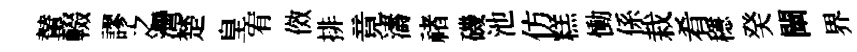
輦輟謬之灣楚皇宥傚排竟濤禇磯池仿糕慟係栽肴穩癸闡界